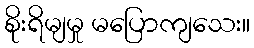
စိုးရိမျမှု မပြောကျသေး။